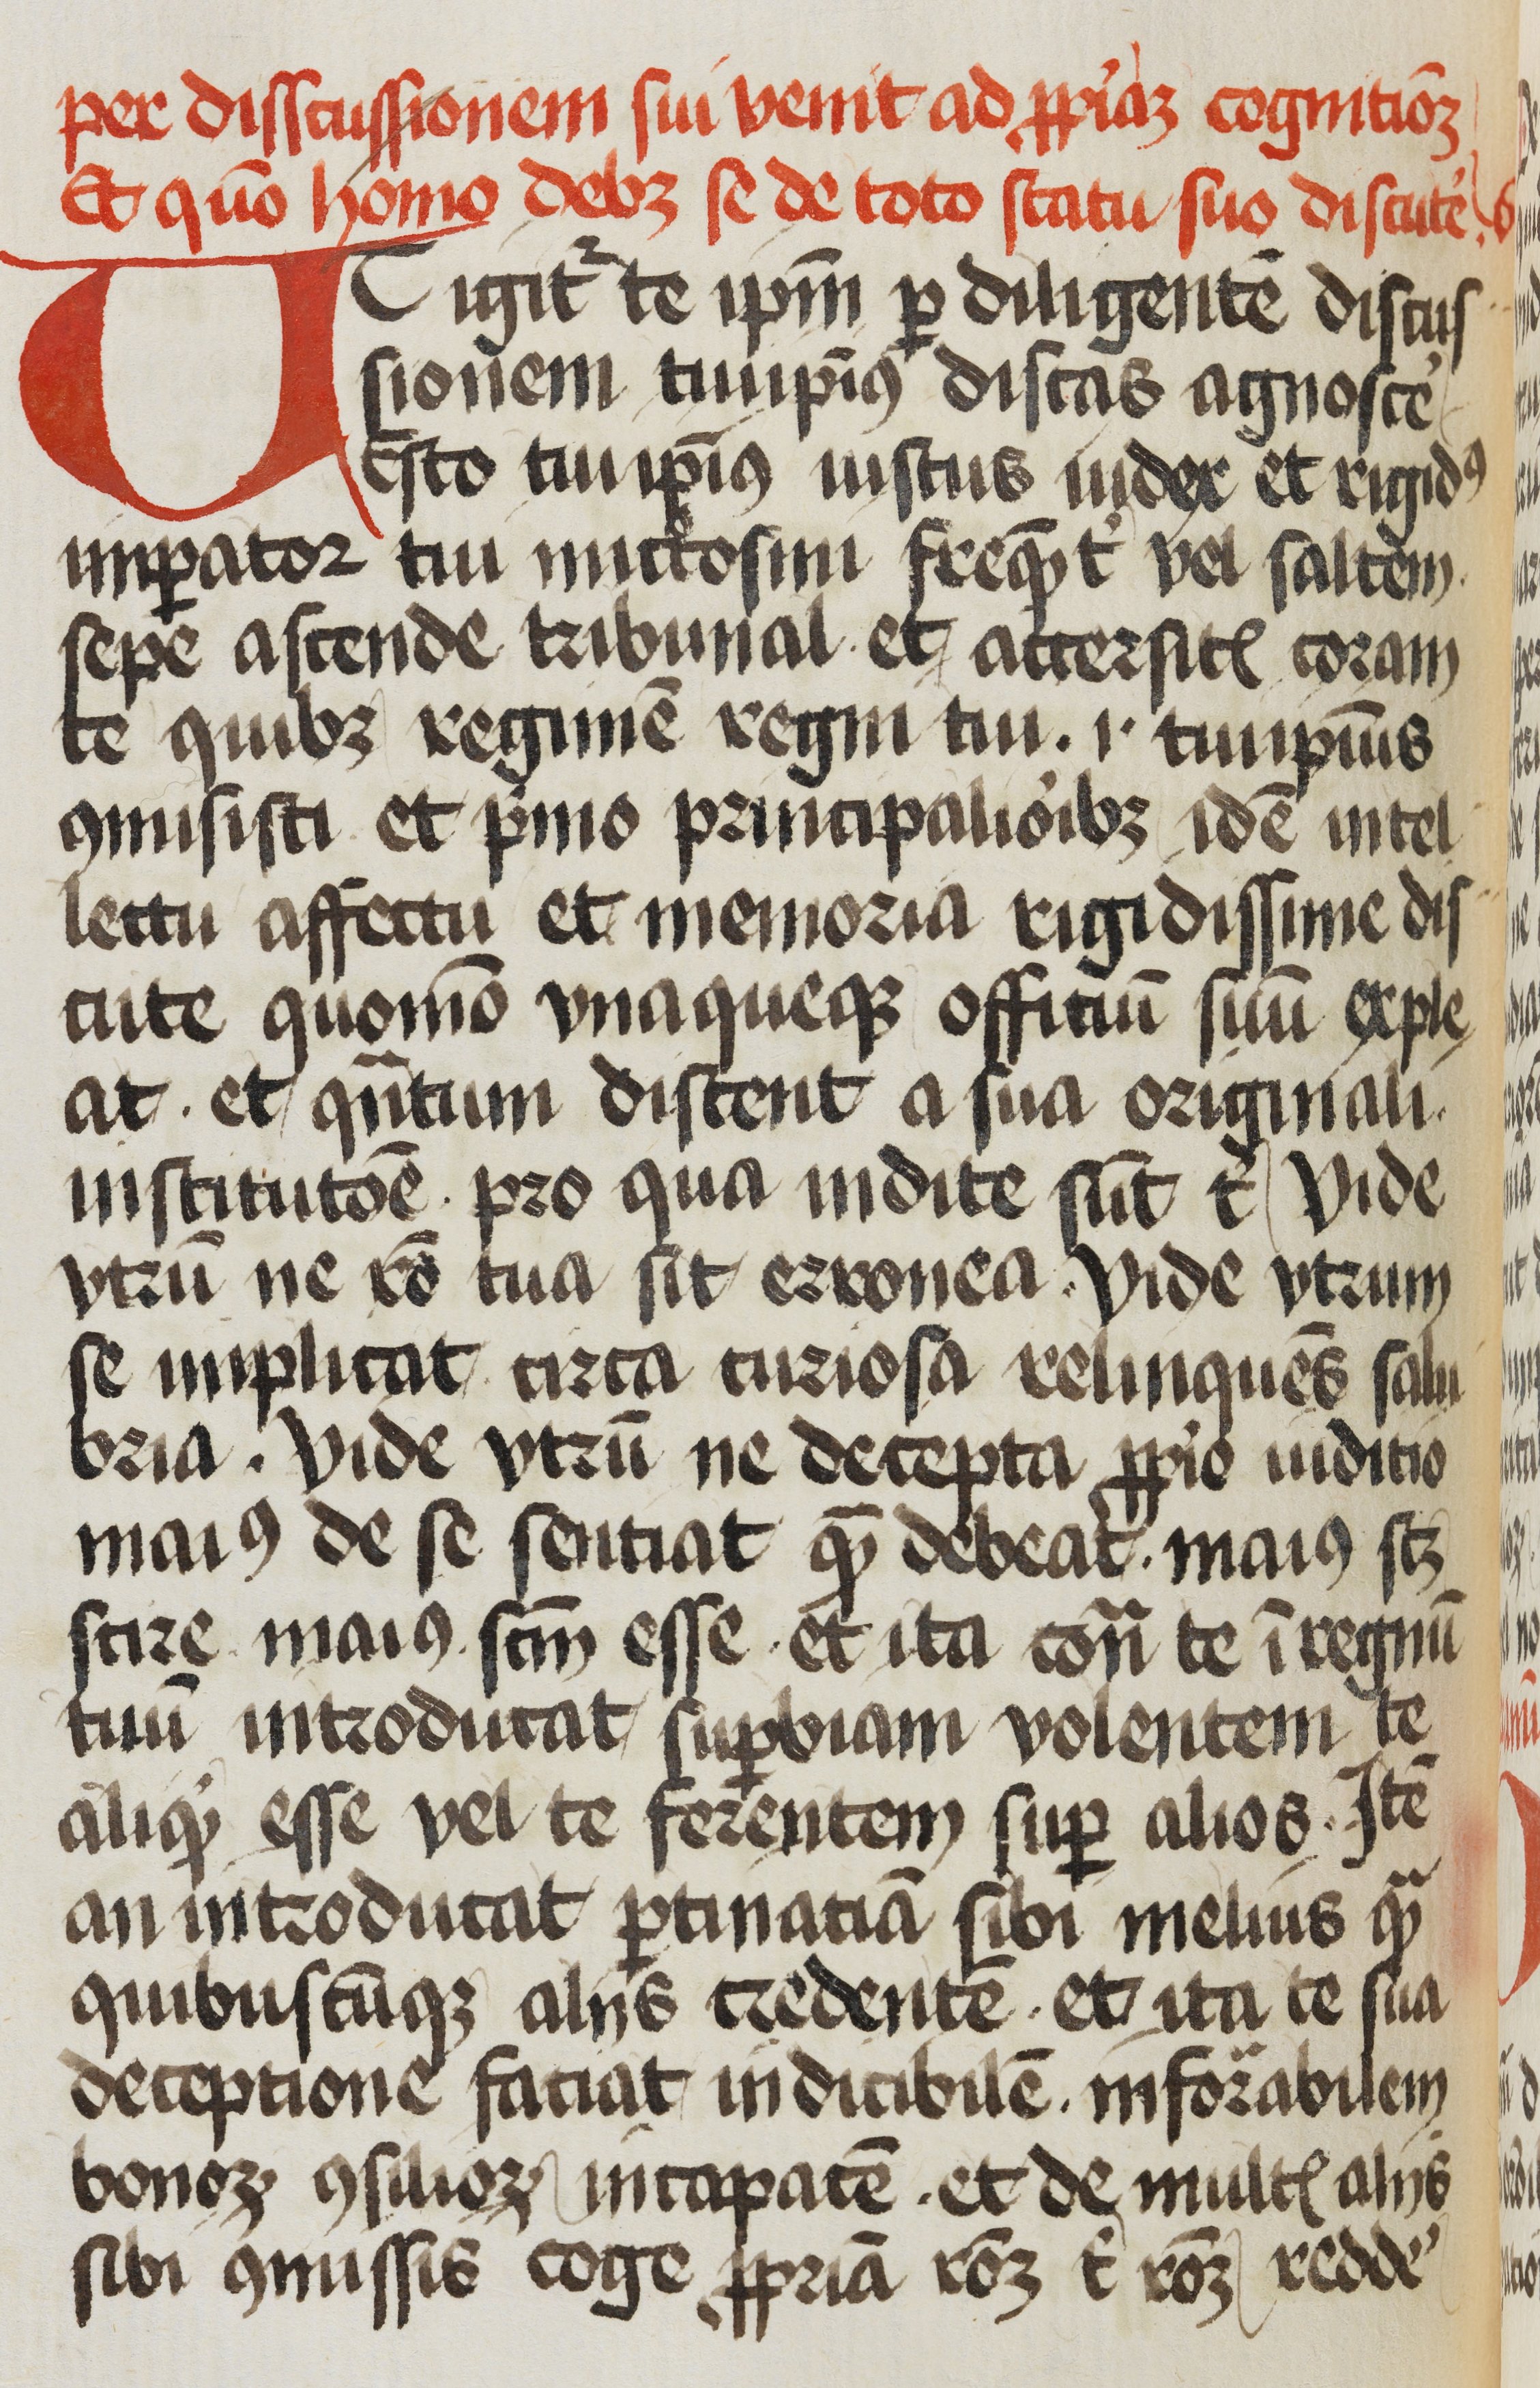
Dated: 1472–1472